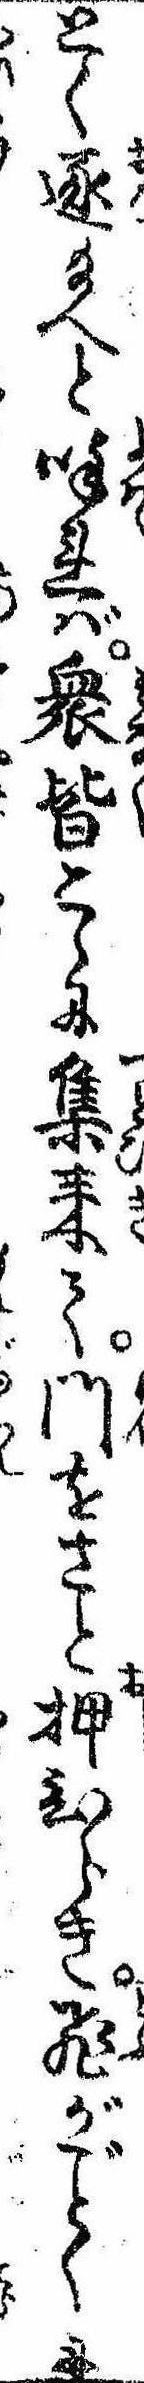
とく逐給へと呼れば衆皆こゝに集来て門をさと押ひらき飛がくに